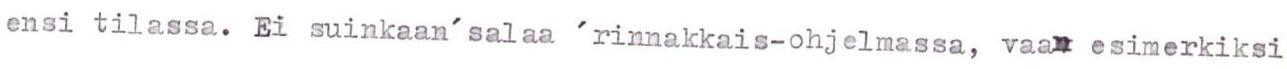
ensi tilassa. Ei suinkaan' salaa 'rinnakkais-ohjelmassa, vaan esimerkiksi